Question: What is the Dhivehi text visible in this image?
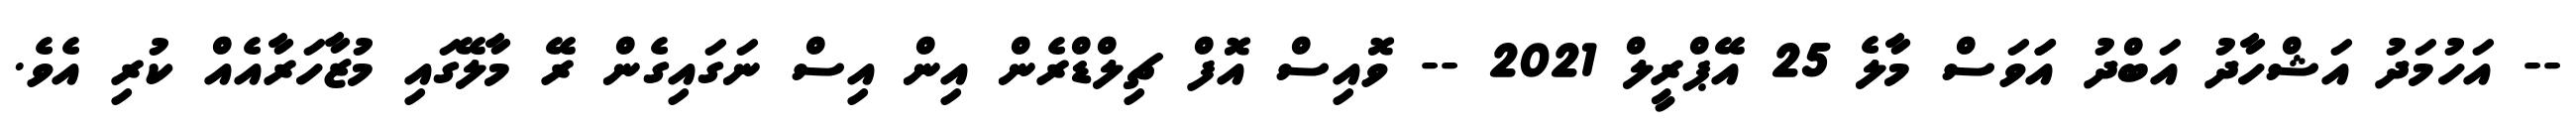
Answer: -- އަހުމަދު އަޝްހާދު އަބްދު އަަވަސް މާލެ 25 އޭޕްރީލް 2021 -- ވޮއިސް އޮފް ޗިލްޑްރެން އިން އިސް ނަގައިގެން ރޭ މާލޭގައި މުޒާހަރާއެއް ކުރި އެވެ.